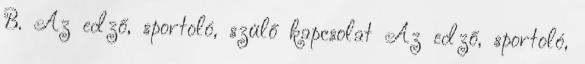
B. Az edző, sportoló, szülő kapcsolat Az edző, sportoló,